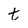
Character: t